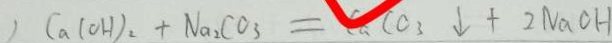
) C a ( O H ) _ { 2 } + N a _ { 2 } C O _ { 3 } = C a C O _ { 3 } \downarrow + 2 N a C H